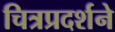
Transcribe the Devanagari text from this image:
चित्रप्रदर्शने